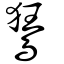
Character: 鵟